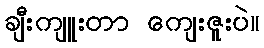
ချီးကျူးတာ ကျေးဇူးပဲ။